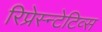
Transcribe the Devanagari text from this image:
रिप्रेस्न्टेटिव्स